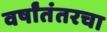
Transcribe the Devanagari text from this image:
वर्षांतंतरचा